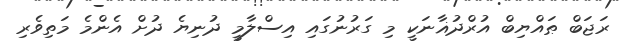
ރަޖަބް ޠައްޔިބް އުރްދުޣާނަކީ މި ގަރުނުގައި އިސްލާމީ ދުނިޔެ ދުށް އެންމެ މަތިވެރި